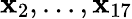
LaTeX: \mathbf{x}_{2},...,\mathbf{x}_{17}